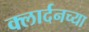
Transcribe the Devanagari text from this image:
क्लार्दनच्या